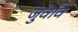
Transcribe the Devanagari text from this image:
जुवांव